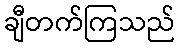
ချီတက်ကြသည်